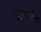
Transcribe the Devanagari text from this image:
डोनातेद